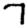
Digit: 7